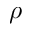
\rho